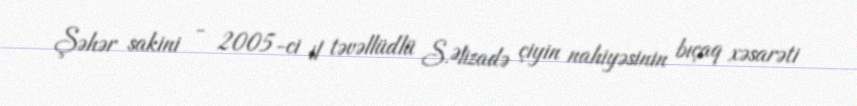
Şəhər sakini - 2005-ci il təvəllüdlü S.Əlizadə çiyin nahiyəsinin bıçaq xəsarəti